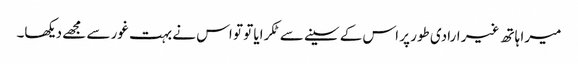
میرا ہاتھ غیر ارادی طور پر اس کے سینے سے ٹکرایا تو تو اس نے بہت غور سے مجھے دیکھا۔